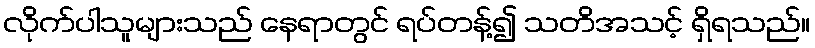
လိုက်ပါသူများသည် နေရာတွင် ရပ်တန့်၍ သတိအသင့် ရှိရသည်။